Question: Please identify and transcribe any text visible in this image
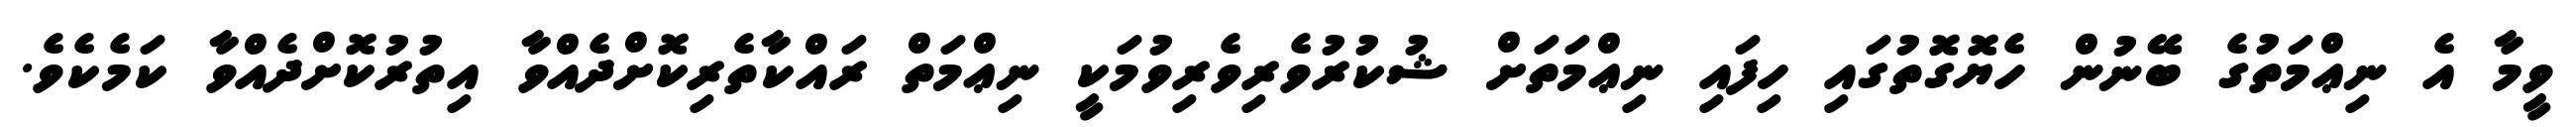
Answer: ވީމާ އެ ނިޢްމަތުގެ ބޭނުން ހެޔޮގޮތުގައި ހިފައި ނިޢްމަތަށް ޝުކުރުވެރިވެރިވުމަކީ ނިޢްމަތް ރައްކާތެރިކޮށްދެއްވާ އިތުރުކޮށްދެއްވާ ކަމެކެވެ.